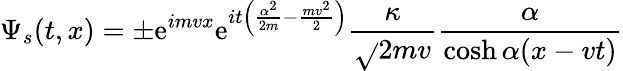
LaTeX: \Psi_{s}(t,x)=\pm\mathrm{e}^{imvx}\mathrm{e}^{it\left(\frac{{\alpha^{2}}}{{2m}}-\frac{{mv^{2}}}{{2}}\right)}\frac{{\kappa}}{{\sqrt{}{{2mv}}}}\frac{{\alpha}}{{\cosh\alpha(x-vt)}}